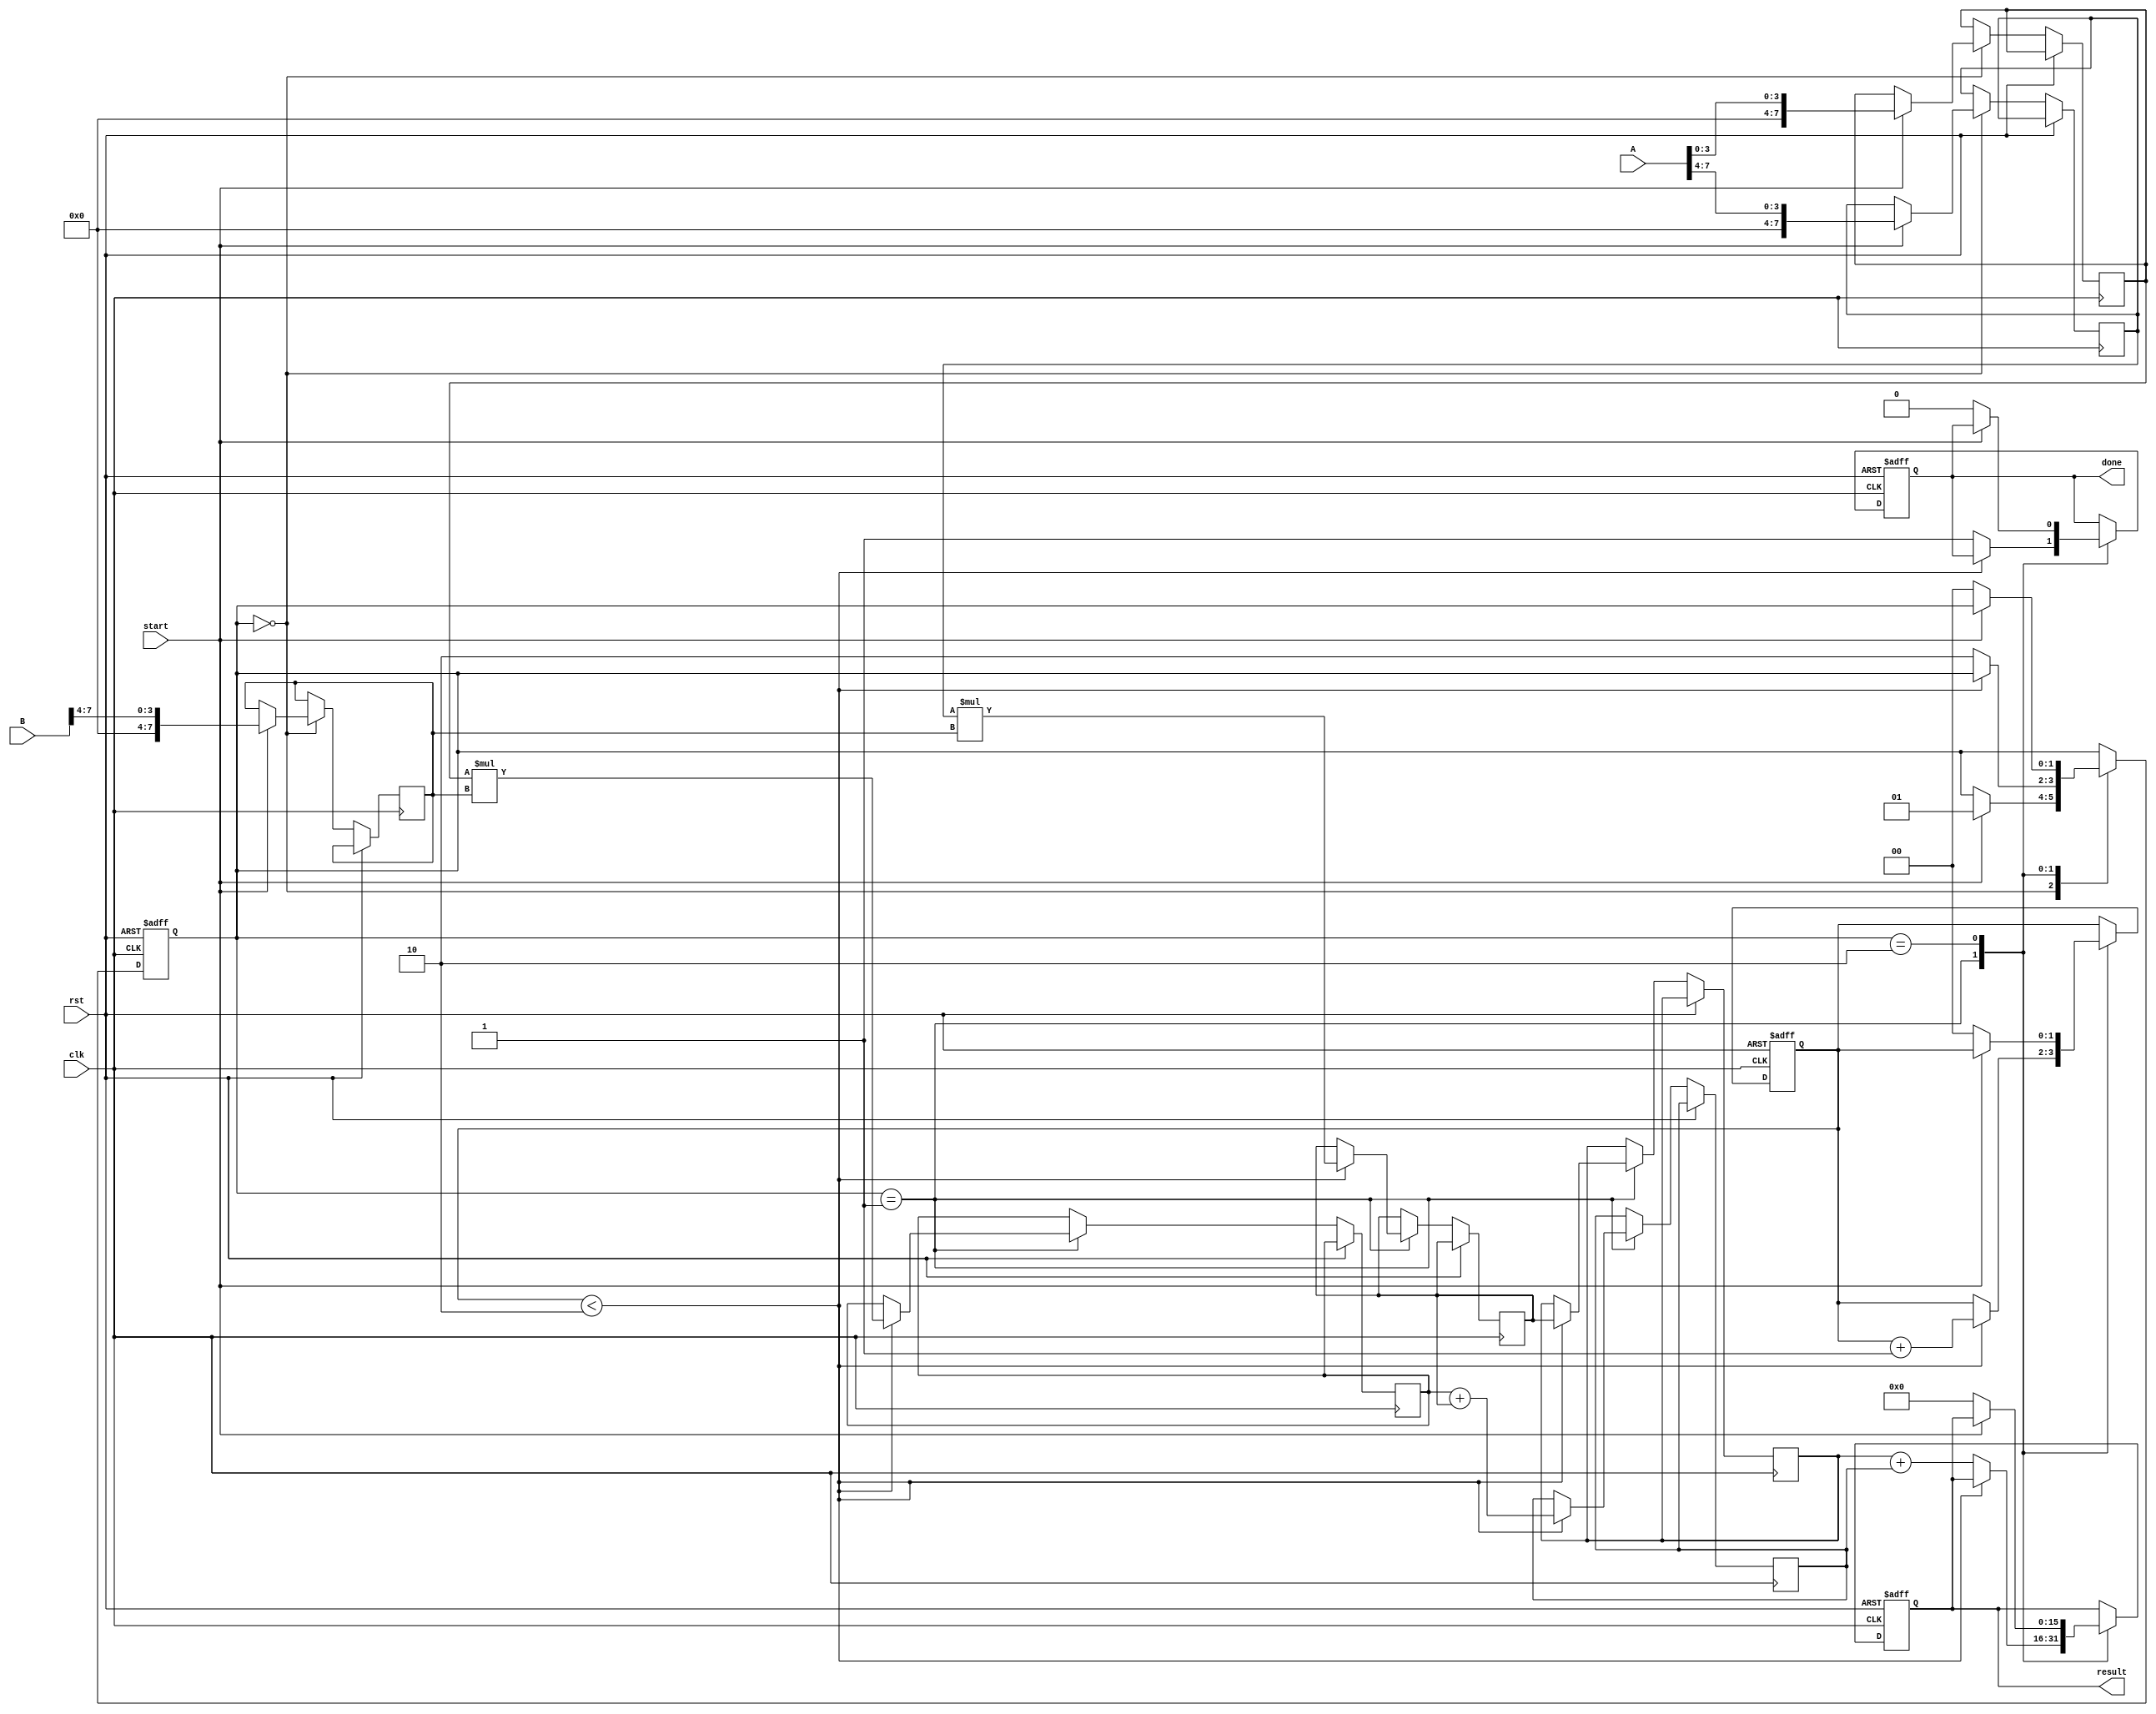
module systolic_multiplier (
    input wire clk,
    input wire rst,
    input wire [7:0] A,  // 8-bit input operand A
    input wire [7:0] B,  // 8-bit input operand B
    input wire start,
    output reg [15:0] result,  // 16-bit output result
    output reg done
);

    // Define the amount of PEs
    reg [7:0] pe_inputA[1:0][1:0];
    reg [7:0] pe_inputB[1:0][1:0];
    reg [15:0] pe_product[1:0][1:0];
    reg [15:0] pe_sum[1:0][1:0];
    reg [1:0] stage;

    // Control FSM
    reg [1:0] fsm_state;
    localparam IDLE     = 2'b00,
               RUNNING  = 2'b01,
               DONE     = 2'b10;

    // Sequential logic for control and data flow
    always @(posedge clk or posedge rst) begin
        if (rst) begin
            result <= 0;
            done <= 0;
            fsm_state <= IDLE;
            stage <= 0;
        end else begin
            case (fsm_state)
                IDLE: begin
                    if (start) begin
                        // Load A and B into PEs
                        pe_inputA[0][0] <= A[7:4];  // High half of A
                        pe_inputA[0][1] <= A[3:0];  // Low half of A
                        pe_inputB[0][0] <= B[7:4];  // High half of B
                        pe_inputB[0][1] <= B[3:0];  // Low half of B
                        fsm_state <= RUNNING;
                    end
                end
                RUNNING: begin
                    if (stage < 2) begin
                        // PE 0,0 multiply
                        pe_product[0][0] <= {8'b0, pe_inputA[0][0]} * {8'b0, pe_inputB[0][0]};
                        pe_sum[0][0] <= pe_product[0][0];

                        // PE 0,1 multiply
                        pe_product[0][1] <= {8'b0, pe_inputA[0][1]} * {8'b0, pe_inputB[0][0]};
                        pe_sum[0][1] <= pe_product[0][1] + pe_product[0][0];

                        // Shift for next stage
                        pe_inputA[1][0] <= pe_inputA[0][0];
                        pe_inputA[1][1] <= pe_inputA[0][1];
                        pe_inputB[1][0] <= pe_inputB[0][0];
                        pe_inputB[1][1] <= pe_inputB[0][1];

                        // Update stage
                        stage <= stage + 1;
                    end else begin
                        // Final addition of products
                        result <= pe_sum[0][0] + pe_sum[0][1];
                        done <= 1;
                        fsm_state <= DONE;
                    end
                end
                DONE: begin
                    if (!start) begin
                        fsm_state <= IDLE;
                        done <= 0;
                        result <= 0;
                        stage <= 0;
                    end
                end
            endcase
        end
    end

endmodule